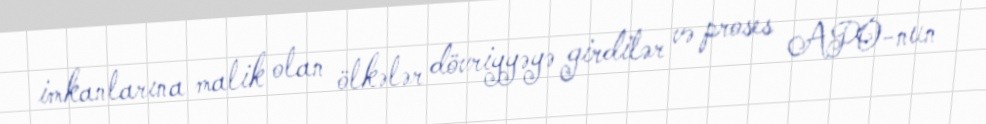
imkanlarına malik olan ölkələr dövriyyəyə girdilər və proses APO-nun